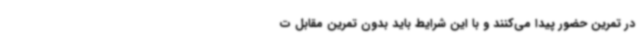
در تمرین حضور پیدا می‌کنند و با این شرایط باید بدون تمرین مقابل ت